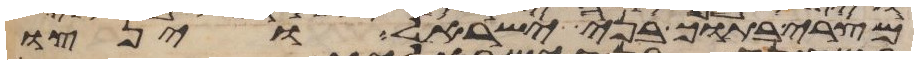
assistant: מצרי בתוך בני ישראל וינצו